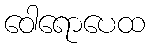
ဝေါရောပေထ